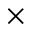
\times